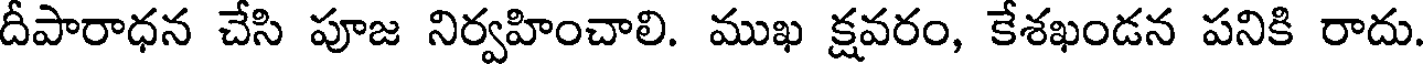
దీపారాధన చేసి పూజ నిర్వహించాలి. ముఖ క్షవరం, కేశఖండన పనికి రాదు.